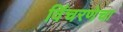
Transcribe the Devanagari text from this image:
विंचरणेचा